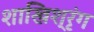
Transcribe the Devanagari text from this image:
शाखिश्रृंग